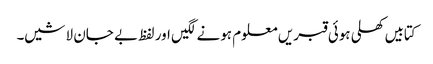
کتابیں کھلی ہوئی قبریں معلوم ہونے لگیں اور لفظ بے جان لاشیں۔